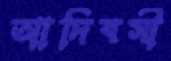
আদিবসী